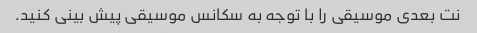
نت بعدی موسیقی را با توجه به سکانس موسیقی پیش بینی کنید.